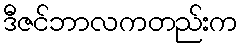
ဒီဇင်ဘာလကတည်းက